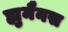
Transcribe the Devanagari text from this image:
ह्युमैनस